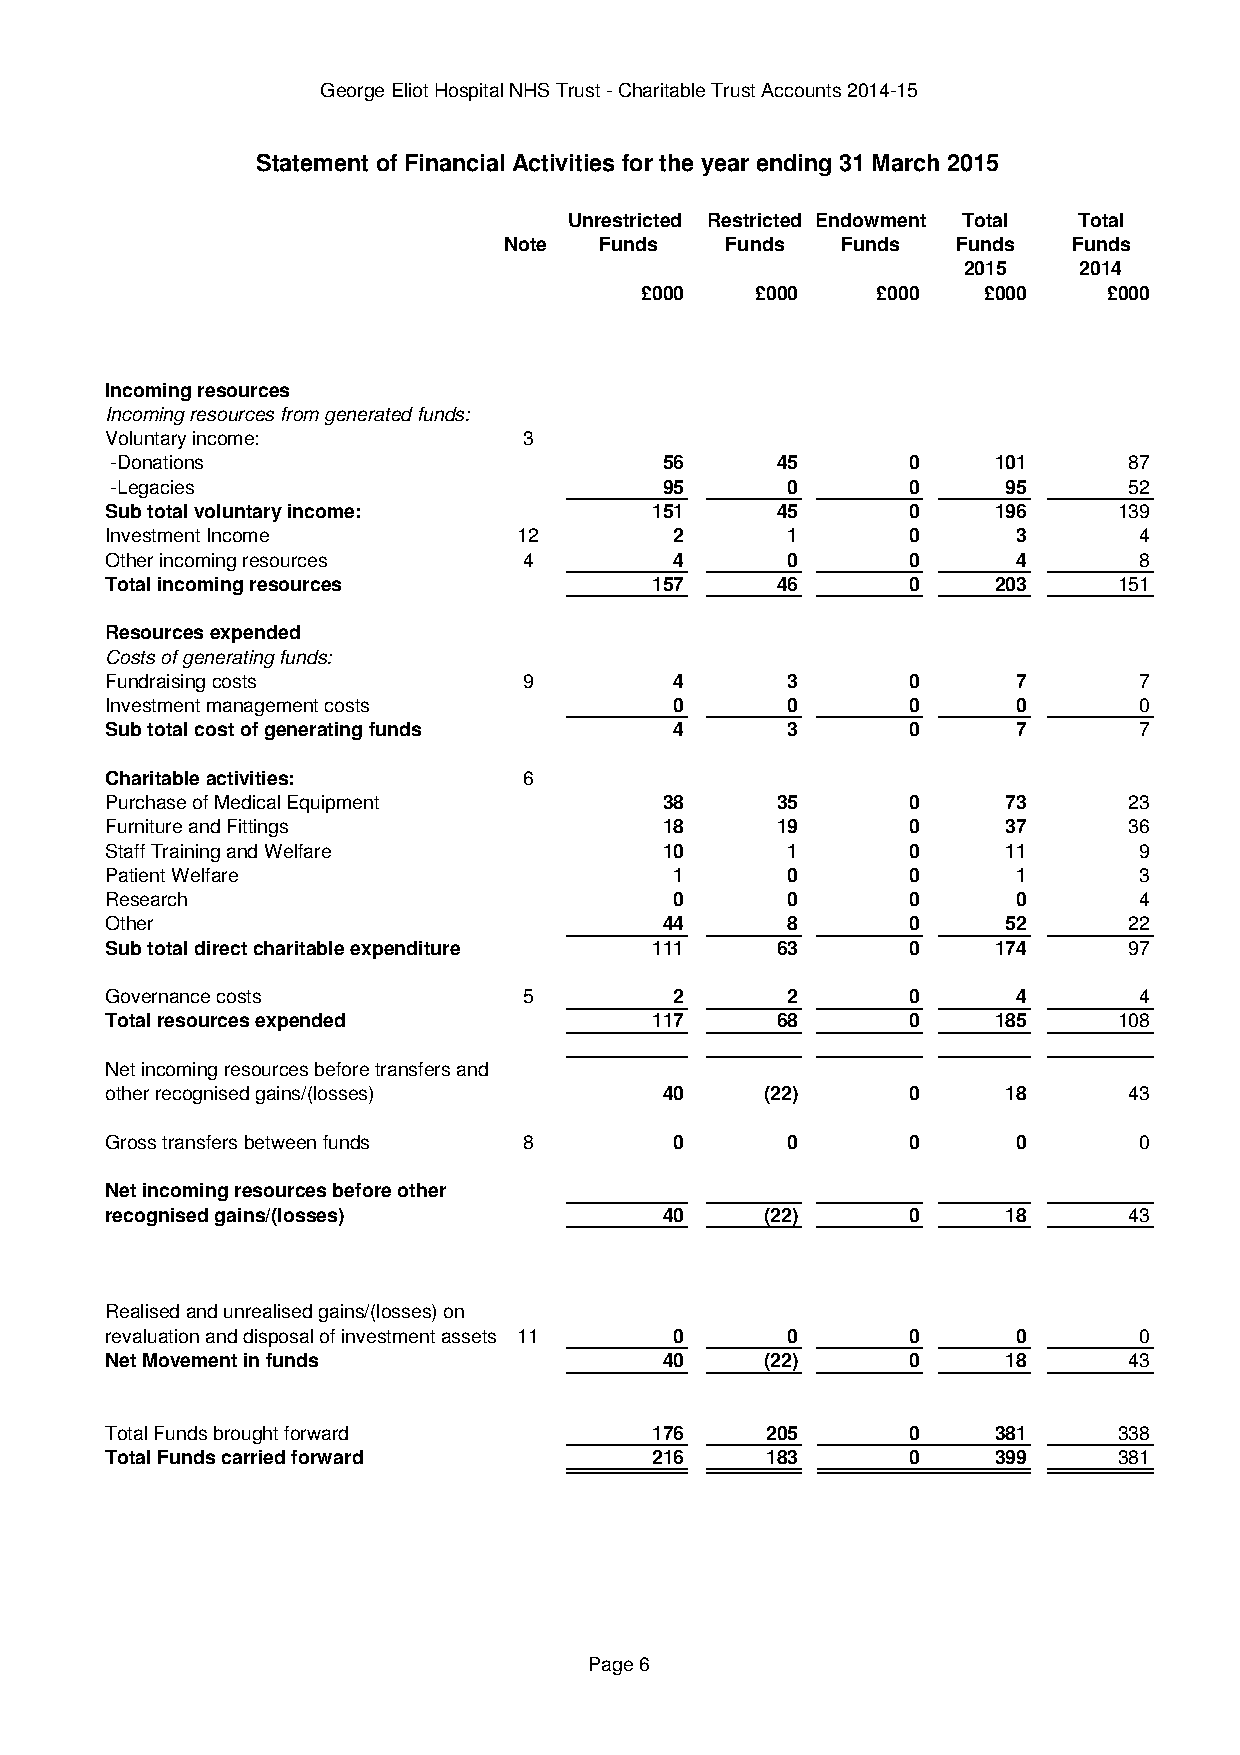
George Eliot Hospital NHS Trust - Charitable Trust Accounts 2014-15
 Statement of Financial Activities for the year ending 31 March 2015
 Unrestricted Restricted Endowment Total Total
 Note   Funds   Funds   Funds  Funds   Funds
 2015   2014
 £000    £000    £000   £000    £000
 Incoming resources
 Incoming resources from generated funds:
 Voluntary income:           3
 -Donations                           56     45       0     101      87
 -Legacies                            95      0       0      95      52
 Sub total voluntary income:         151     45       0     196     139
 Investment Income          12         2      1       0      3       4
 Other incoming resources    4         4      0       0      4       8
 Total incoming resources            157     46       0     203     151
 Resources expended
 Costs of generating funds:
 Fundraising costs           9         4      3       0      7       7
 Investment management costs           0      0       0      0       0
 Sub total cost of generating funds    4      3       0      7       7
 Charitable activities:      6
 Purchase of Medical Equipment        38     35       0      73      23
 Furniture and Fittings               18     19       0      37      36
 Staff Training and Welfare           10      1       0      11      9
 Patient Welfare                       1      0       0      1       3
 Research                              0      0       0      0       4
 Other                                44      8       0      52      22
 Sub total direct charitable expenditure 111 63       0     174      97
 Governance costs            5         2      2       0      4       4
 Total resources expended            117     68       0     185     108
 Net incoming resources before transfers and
 other recognised gains/(losses)      40     (22)     0      18      43
 Gross transfers between funds 8       0      0       0      0       0
 Net incoming resources before other
 recognised gains/(losses)            40     (22)     0      18      43
 Realised and unrealised gains/(losses) on
 revaluation and disposal of investment assets 11 0 0 0      0       0
 Net Movement in funds                40     (22)     0      18      43
 Total Funds brought forward         176     205      0     381     338
 Total Funds carried forward         216     183      0     399     381
 Page 6